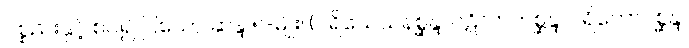
ပစ္စည်းနှင့် စပ်၍ ပြသော ဆန္ဒ ၅-မျိုး၊ (ပရိယေသနစ္ဆန္ဒ၊ ပဋိလာဘစ္ဆန္ဒ၊ ပရိဘောဂစ္ဆန္ဒ၊